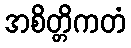
အစိတ္တိကတံ